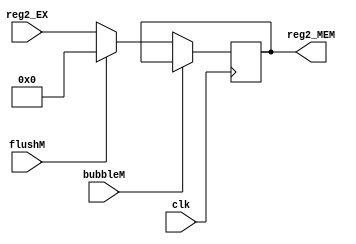
`timescale 1ns / 1ps
//////////////////////////////////////////////////////////////////////////////////
// Company: USTC ESLAB
// 
// Design Name: Reg2_MEM
// Module Name: Register 2 Seg Reg
// Tool Versions: Vivado 2017.4.1
// Description: Register 2 Seg Reg for EX\MEM
// 
//////////////////////////////////////////////////////////////////////////////////


//  
    // EX\MEM
// 
    // clk               
    // reg2_EX           2()
    // bubbleM           MEMbubble
    // flushM            MEMflush
// 
    // reg2_MEM           2
//   
    // 


module Reg2_MEM(
    input wire clk, bubbleM, flushM,
    input wire [31:0] reg2_EX,
    output reg [31:0] reg2_MEM
    );

    initial reg2_MEM = 0;
    
    always@(posedge clk)
        if (!bubbleM) 
        begin
            if (flushM)
                reg2_MEM <= 0;
            else 
                reg2_MEM <= reg2_EX;
        end
    
endmodule